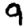
Digit: 9